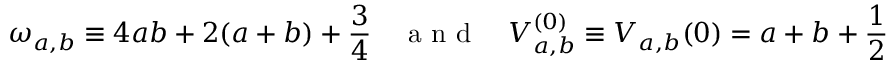
\omega _ { a , b } \equiv 4 a b + 2 ( a + b ) + \frac { 3 } { 4 } \quad \mathrm { ~ a ~ n ~ d ~ } \quad V _ { a , b } ^ { ( 0 ) } \equiv V _ { a , b } ( 0 ) = a + b + \frac { 1 } { 2 }